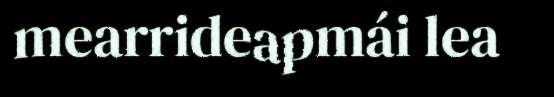
mearrideapmái lea